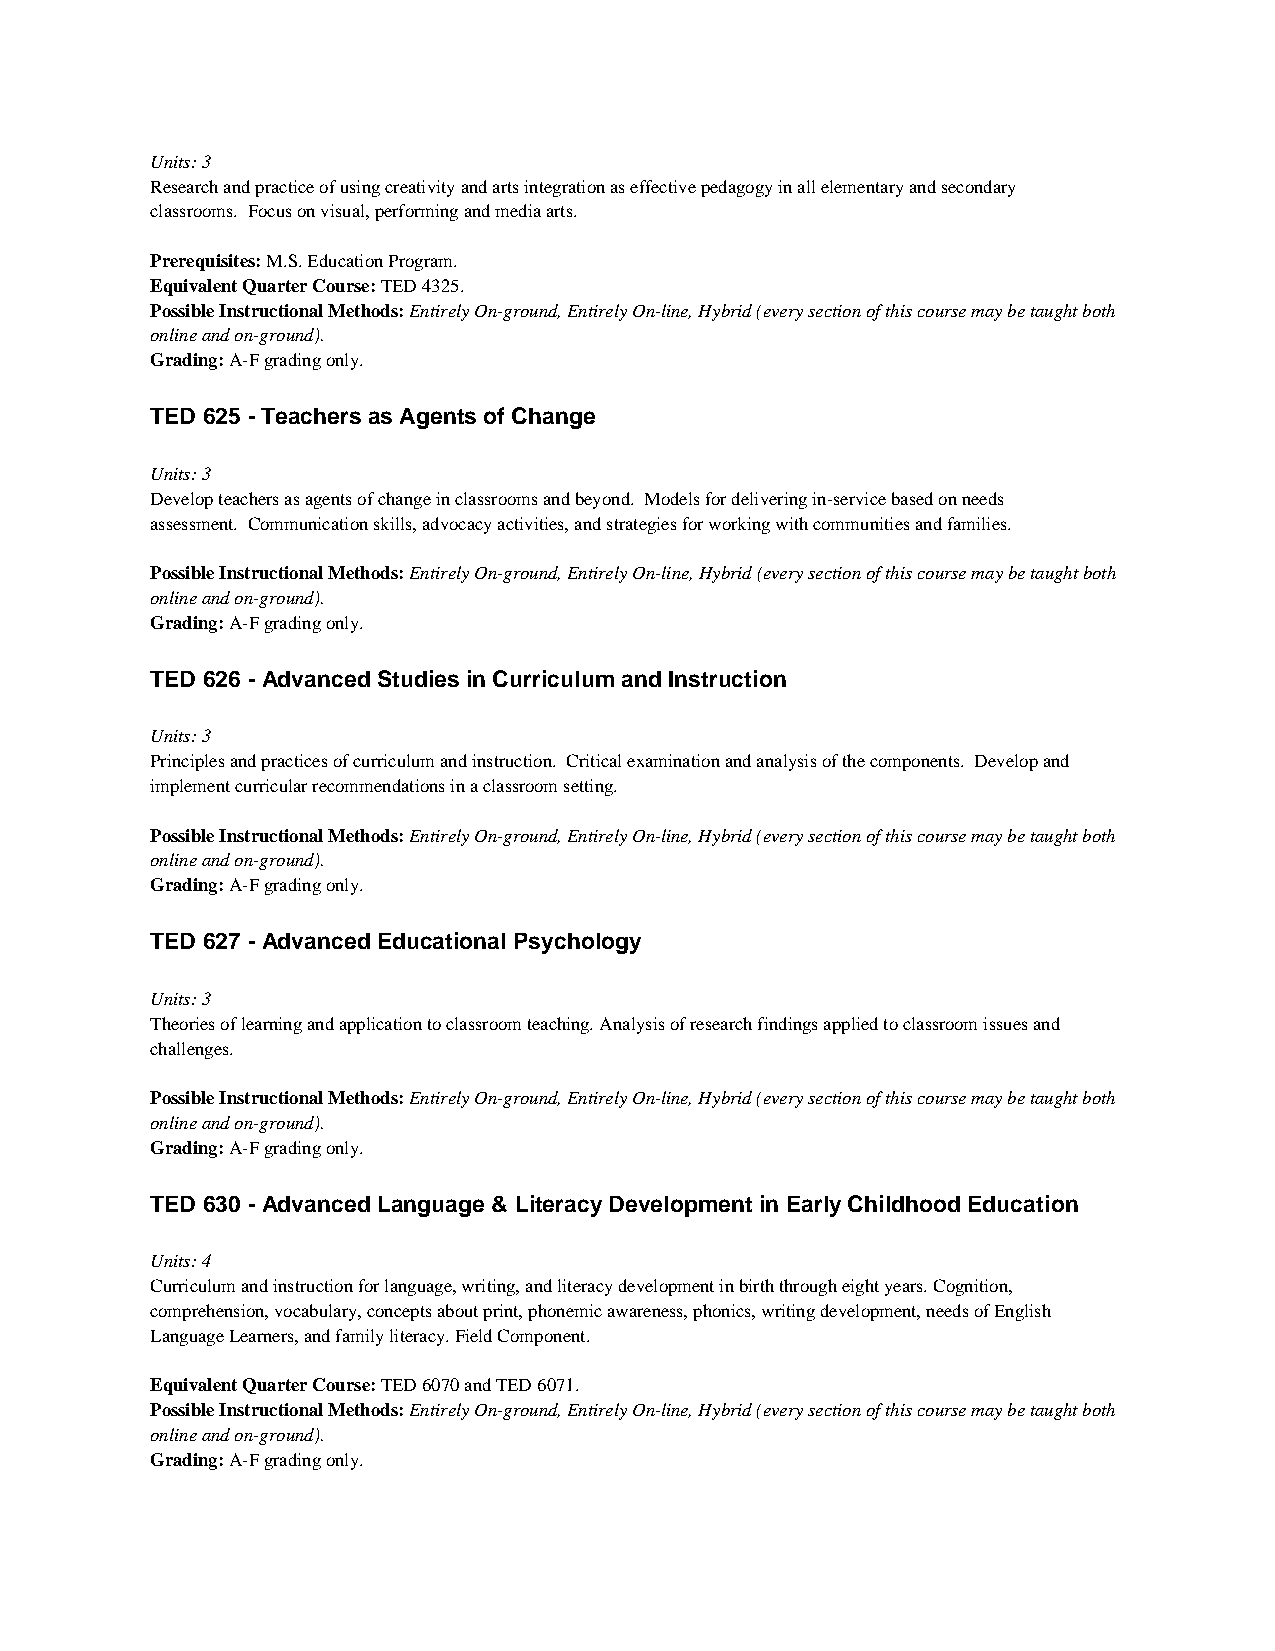
Units: 3
 Research and practice of using creativity and arts integration as effective pedagogy in all elementary and secondary
 classrooms. Focus on visual, performing and media arts.
 Prerequisites: M.S. Education Program.
 Equivalent Quarter Course: TED 4325.
 Possible Instructional Methods: Entirely On-ground, Entirely On-line, Hybrid (every section of this course may be taught both
 online and on-ground).
 Grading: A-F grading only.
 TED 625 - Teachers as Agents of Change
 Units: 3
 Develop teachers as agents of change in classrooms and beyond. Models for delivering in-service based on needs
 assessment. Communication skills, advocacy activities, and strategies for working with communities and families.
 Possible Instructional Methods: Entirely On-ground, Entirely On-line, Hybrid (every section of this course may be taught both
 online and on-ground).
 Grading: A-F grading only.
 TED 626 - Advanced Studies in Curriculum and Instruction
 Units: 3
 Principles and practices of curriculum and instruction. Critical examination and analysis of the components. Develop and
 implement curricular recommendations in a classroom setting.
 Possible Instructional Methods: Entirely On-ground, Entirely On-line, Hybrid (every section of this course may be taught both
 online and on-ground).
 Grading: A-F grading only.
 TED 627 - Advanced Educational Psychology
 Units: 3
 Theories of learning and application to classroom teaching. Analysis of research findings applied to classroom issues and
 challenges.
 Possible Instructional Methods: Entirely On-ground, Entirely On-line, Hybrid (every section of this course may be taught both
 online and on-ground).
 Grading: A-F grading only.
 TED 630 - Advanced Language & Literacy Development in Early Childhood Education
 Units: 4
 Curriculum and instruction for language, writing, and literacy development in birth through eight years. Cognition,
 comprehension, vocabulary, concepts about print, phonemic awareness, phonics, writing development, needs of English
 Language Learners, and family literacy. Field Component.
 Equivalent Quarter Course: TED 6070 and TED 6071.
 Possible Instructional Methods: Entirely On-ground, Entirely On-line, Hybrid (every section of this course may be taught both
 online and on-ground).
 Grading: A-F grading only.